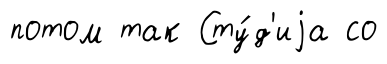
потом так Сту́д'иjа со